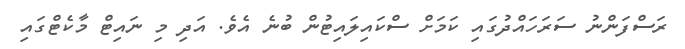
ރަސްފަންނު ސަރަހައްދުގައި ކަމަށް ސްކައިލައިޓުން ބުނެ އެވެ. އަދި މި ނައިޓް މާކެޓްގައި